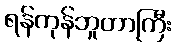
ရန်ကုန်ဘူတာကြီး